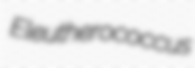
Eleutherococcus